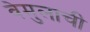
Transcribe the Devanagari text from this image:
वेमुलाची